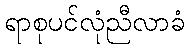
ရာစုပင်လုံညီလာခံ